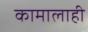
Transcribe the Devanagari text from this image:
कामालाही